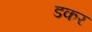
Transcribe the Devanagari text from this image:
डकर